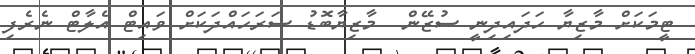
ޓީމަކަށް މާޒިޔާ ހަދައިދިނީ ސުޒޭން  މާޒިޔާބޮޑު ސަރަހައްދަކަށް ވައިޓް އެލާޓް ނެރެފި